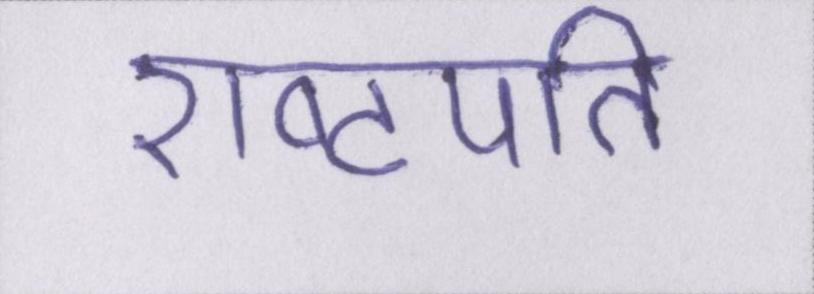
राष्ट्रपति